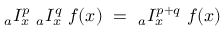
{ } _ { a } I _ { x } ^ { p } ~ { } _ { a } I _ { x } ^ { q } ~ f ( x ) ~ = ~ { } _ { a } I _ { x } ^ { p + q } ~ f ( x )